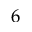
6